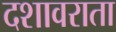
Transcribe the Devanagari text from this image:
दशावराता